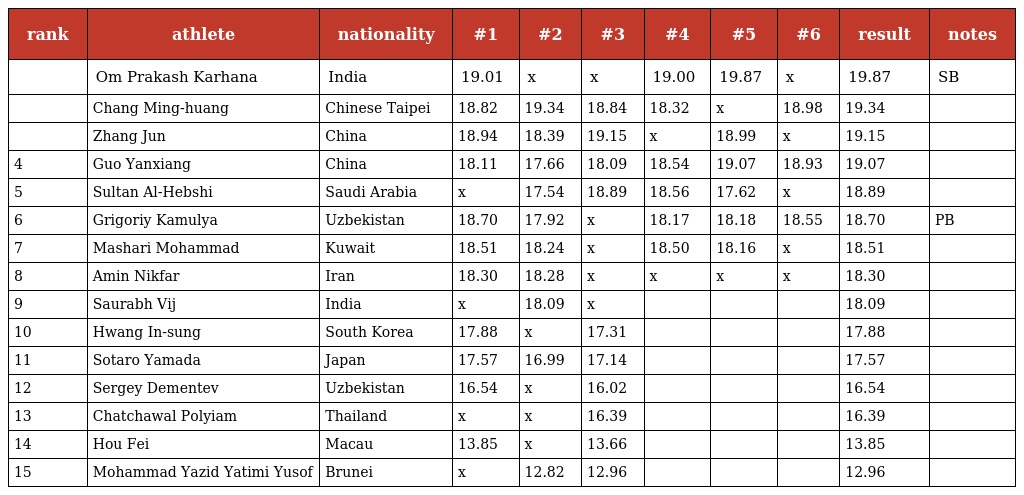
| rank | athlete | nationality | #1 | #2 | #3 | #4 | #5 | #6 | result | notes |
 | --- | --- | --- | --- | --- | --- | --- | --- | --- | --- | --- |
 |  | Om Prakash Karhana | India | 19.01 | x | x | 19.00 | 19.87 | x | 19.87 | SB |
 |  | Chang Ming-huang | Chinese Taipei | 18.82 | 19.34 | 18.84 | 18.32 | x | 18.98 | 19.34 |  |
 |  | Zhang Jun | China | 18.94 | 18.39 | 19.15 | x | 18.99 | x | 19.15 |  |
 | 4 | Guo Yanxiang | China | 18.11 | 17.66 | 18.09 | 18.54 | 19.07 | 18.93 | 19.07 |  |
 | 5 | Sultan Al-Hebshi | Saudi Arabia | x | 17.54 | 18.89 | 18.56 | 17.62 | x | 18.89 |  |
 | 6 | Grigoriy Kamulya | Uzbekistan | 18.70 | 17.92 | x | 18.17 | 18.18 | 18.55 | 18.70 | PB |
 | 7 | Mashari Mohammad | Kuwait | 18.51 | 18.24 | x | 18.50 | 18.16 | x | 18.51 |  |
 | 8 | Amin Nikfar | Iran | 18.30 | 18.28 | x | x | x | x | 18.30 |  |
 | 9 | Saurabh Vij | India | x | 18.09 | x |  |  |  | 18.09 |  |
 | 10 | Hwang In-sung | South Korea | 17.88 | x | 17.31 |  |  |  | 17.88 |  |
 | 11 | Sotaro Yamada | Japan | 17.57 | 16.99 | 17.14 |  |  |  | 17.57 |  |
 | 12 | Sergey Dementev | Uzbekistan | 16.54 | x | 16.02 |  |  |  | 16.54 |  |
 | 13 | Chatchawal Polyiam | Thailand | x | x | 16.39 |  |  |  | 16.39 |  |
 | 14 | Hou Fei | Macau | 13.85 | x | 13.66 |  |  |  | 13.85 |  |
 | 15 | Mohammad Yazid Yatimi Yusof | Brunei | x | 12.82 | 12.96 |  |  |  | 12.96 |  |